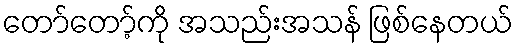
တော်တော့်ကို အသည်းအသန် ဖြစ်နေတယ်